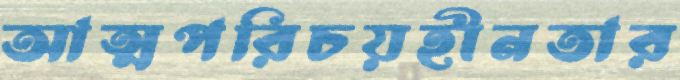
আত্মপরিচয়হীনতার